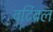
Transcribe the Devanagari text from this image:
वर्टिब्रल